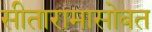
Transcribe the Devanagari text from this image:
सीतारामासोबत